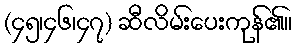
(၄၅၊၄၆၊၄၇) ဆီလိမ်းပေးကုန်၏။